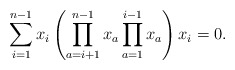
\begin{gather*}\sum_{i=1}^{n-1}x_i \left( \prod_{a=i+1}^{n-1}x_a \prod_{a=1}^{i-1}x_a \right) x_i = 0.\end{gather*}